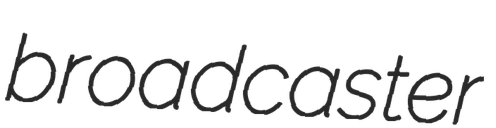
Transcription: broadcaster